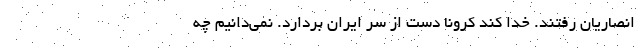
انصاریان رفتند. خدا کند کرونا دست از سر ایران بردارد. نمی‌دانیم چه